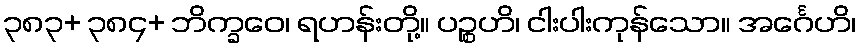
၃၈၃+ ၃၈၄+ ဘိက္ခဝေ၊ ရဟန်းတို့။ ပဉ္စဟိ၊ ငါးပါးကုန်သော။ အင်္ဂေဟိ၊